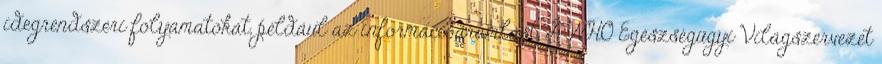
idegrendszeri folyamatokat, például az információáramlást. A WHO Egészségügyi Világszervezet